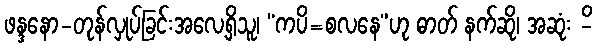
ဖန္ဒနော-တုန်လှုပ်ခြင်းအလေ့ရှိသူ၊ “ကပိ=စလနေ”ဟု ဓာတ် နက်ဆို၊ အဆုံး -ိ